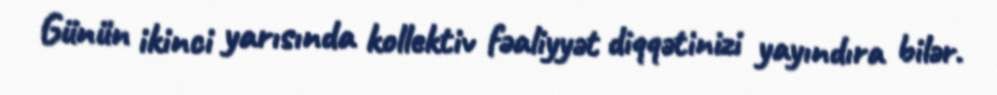
Günün ikinci yarısında kollektiv fəaliyyət diqqətinizi yayındıra bilər.